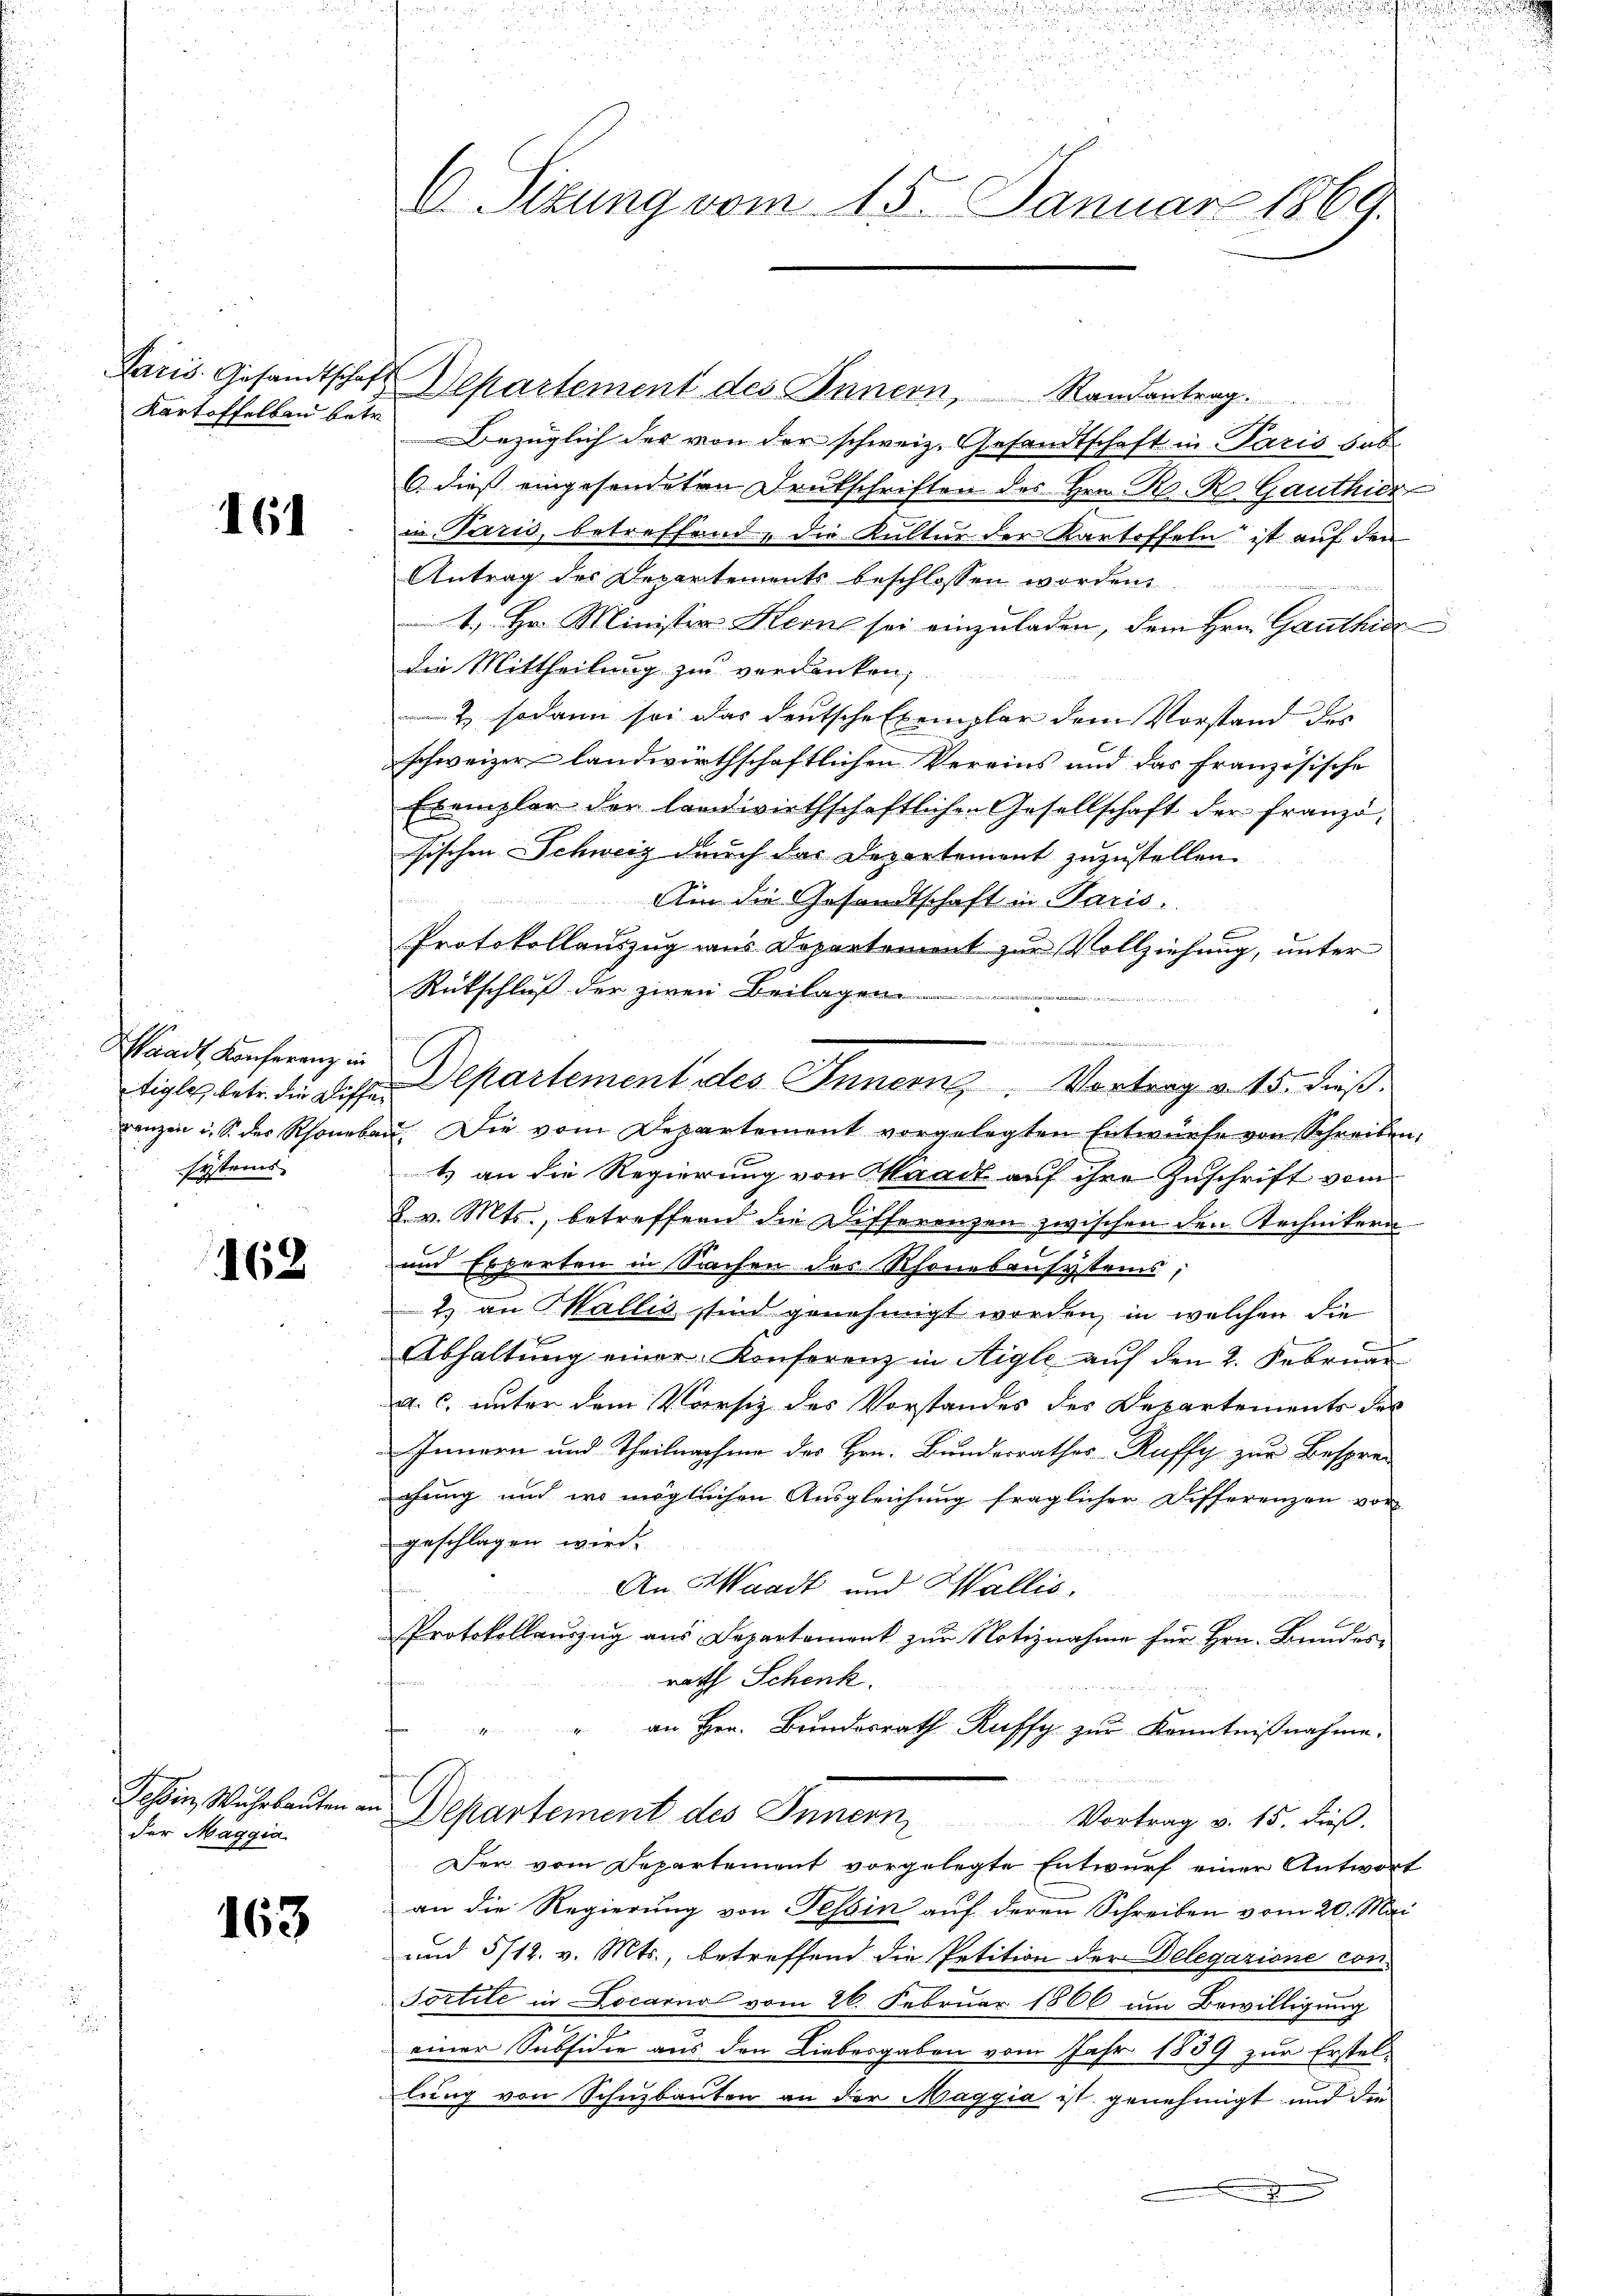
Laris. Gesandtschaf
Kartoffelbau betr.

161

Waadt, Konferenz in
tigle, betr. die Diffe
Lanzen u. S. des Rhoneba
systems |

162

Tessin, Wahrbauten
der Maggia

163

V. Sitzung vom 15. Januar 1869.

Departement des Innern, Randantrag.
Bezüglich der von der schweiz. Gesandtschaft in Paris sub.
6. dieß eingesendeten Deutschriften des Hrn. R. R. Ganthier
in Paris, betreffend, die Kultur der Kartoffeln ist auf den
Antrag des Departements beschlossen worden.
1. Hr. Minister Kerne sei einzuladen, dem Hrn. Ganthie
die Mittheilung zu verdanken,
2. sodann so das deutsche Exemplar dem Vorstand des
schweizer landwirthschaftlichen Vereins und das französische
Exemplar der landwirthschaftlichen Gesellschaft der Franzö-
sischen Schweiz durch das Departement zuzustellen.
Um die Gesandtschaft in Paris.
Protokollenzzug aus Departement zur Vollziehung, unter
Rückschluß der zwei Beilagen
. Die vom Departement vorgelegten Entwurfe von Schreiben.
1) an die Regierung von Waadt auf ihre Zuschrift vom
8 v. Mts., betreffend die Differenzen zwischen den Rechnikern
und Experten in Sachen des Rhonebausystems,
2) an Wallis sind genehmigt worden, in welchen die
Abhaltŭng einer Konferenz in Aigle aŭf den 2. Februar
a. c. unter dem Vorsiz des Vorstandes der Departements des
Innern und Theilnahme des Hrn. Bundesrathes Ruffy zur Besprei
chung und wo möglichen Ausgleichung fraglicher Differenzen vor
geschlagen wird.
An Waadt und Wallis.
Protokollauszug aus Departement zur Notiznahme für Hrn. Bundes,
rath Schenk.
an Hrn. Bundesrath Ruffy zur Kenntnißnahme.
Departement des Innern, Vortrag v. 15. dieβ.
Der vom Departement vorgelegte Entwurf einer Antwort
an die Regierung von Tessin aŭf deren Schreiben vom 20. Mai
und 5/12. v. Mts., betreffend die Petition der Delegazione con
Tortete in Locarno vom 26. Februar 1866 um Bewilligung
einer Subsidie aus den Liebesgaben vom Jahr 1839 zur Erstellung von Schuzbauten an der Maggia ist genehmigt und die
.

Departement des Innern. Vortrag a. 15. dieß.